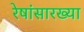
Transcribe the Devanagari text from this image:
रेषांसारख्या